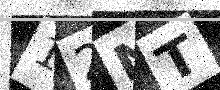
Text: 12NT